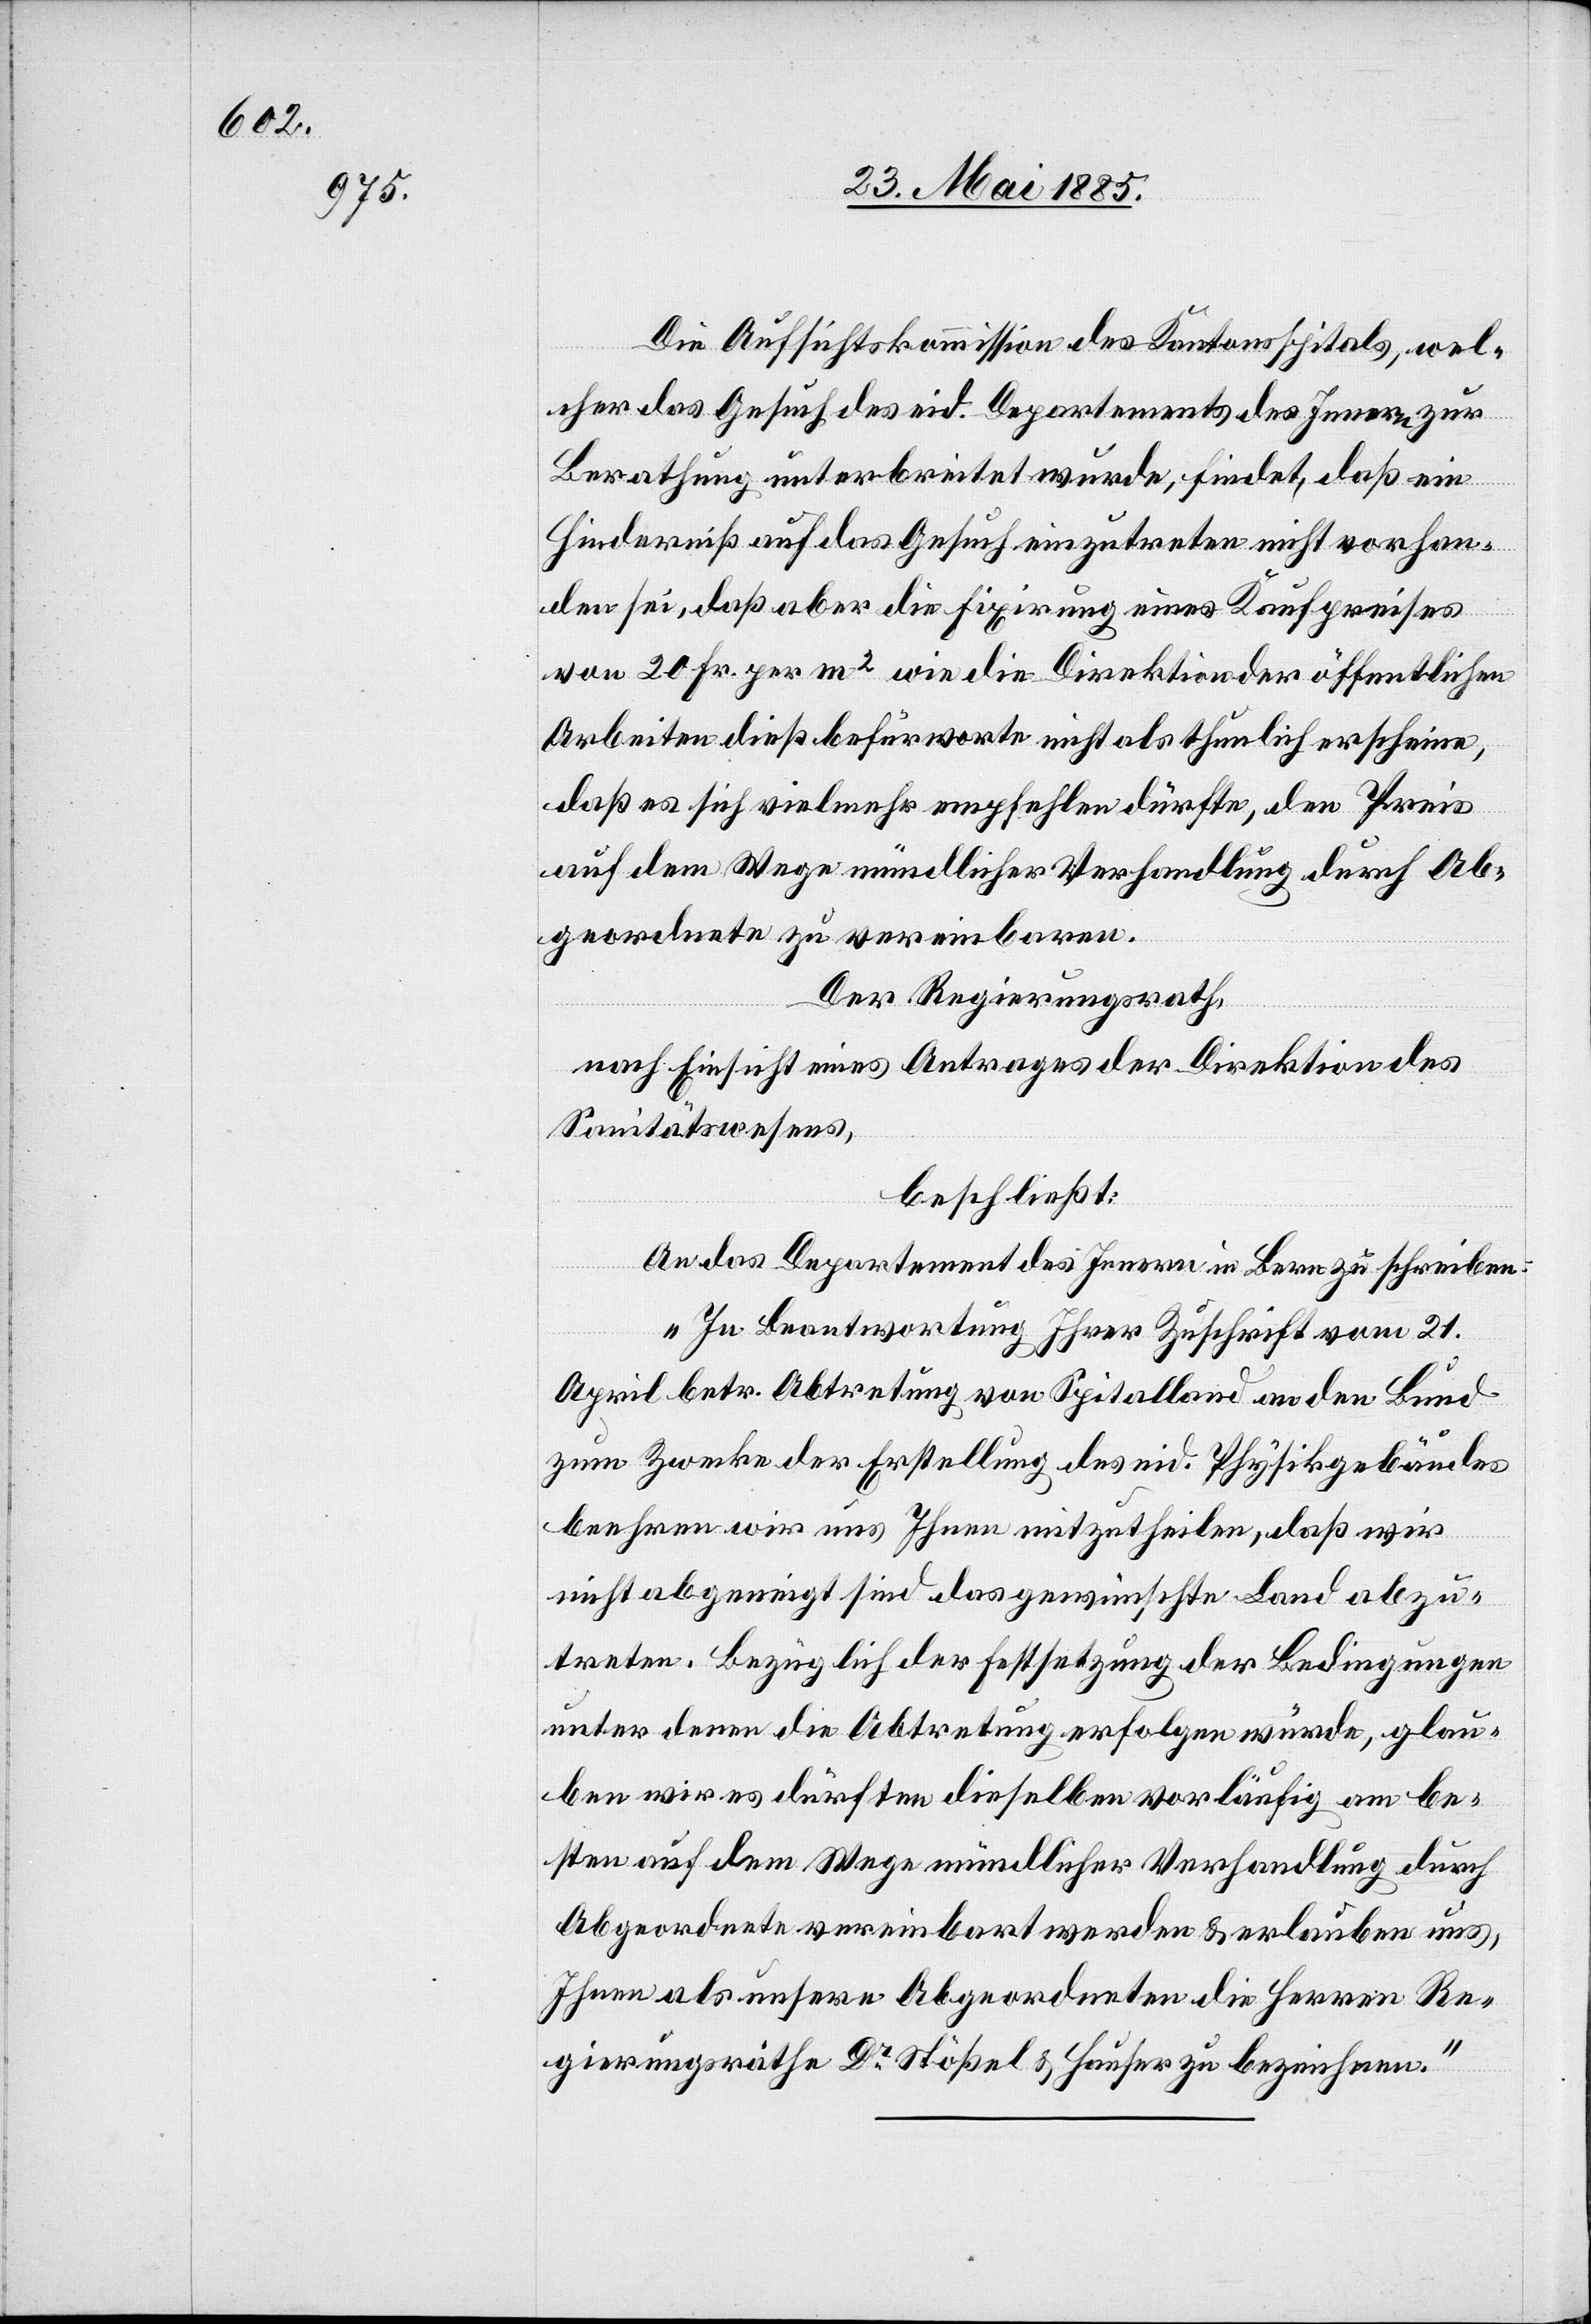
Die Aufsichtskommission des Kantonsspitals, wel¬
cher das Gesuch des eid. Departements des Innern zur
Berathung unterbreitet wurde, findet, daß ein
Hinderniß auf das Gesuch einzutreten nicht vorhan¬
den sei, daß aber die Fixirung eines Kaufpreises
von 20 Fr. per m2 wie die Direktion der öffentlichen
Arbeiten dieß befürworte nicht als thunlich erscheine,
daß es sich vielmehr empfehlen dürfte, den Preis
auf dem Wege mündlicher Verhandlung durch Ab¬
geordnete zu vereinbaren.
Der Regierungsrath,
nach Einsicht eines Antrages der Direktion des
Sanitätswesens,
beschließt:
An das Departement des Innern in Bern zu schreiben:
„In Beantwortung Ihrer Zuschrift vom 21.
April betr. Abtretung von Spitalland an den Bund
zum Zwecke der Erstellung des eid. Physikgebäudes
beehren wir uns Ihnen mitzutheilen, daß wir
nicht abgeneigt sind das gewünschte Land abzu¬
treten. Bezüglich der Festsetzung der Bedingungen
unter denen die Abtretung erfolgen würde, glau¬
ben wir es dürften dieselben vorläufig am be¬
sten auf dem Wege mündlicher Verhandlung durch
Abgeordnete vereinbart werden & erlauben uns,
Ihnen als unsere Abgeordneten die Herren Re¬
gierungsräthe Dr Stößel & Hauser zu bezeichnen.“